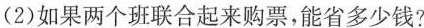
(2)如果两个班联合起来购票，能省多少钱?